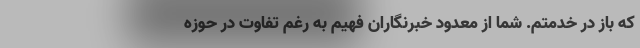
که باز در خدمتم. شما از معدود خبرنگاران فهیم به رغم تفاوت در حوزه